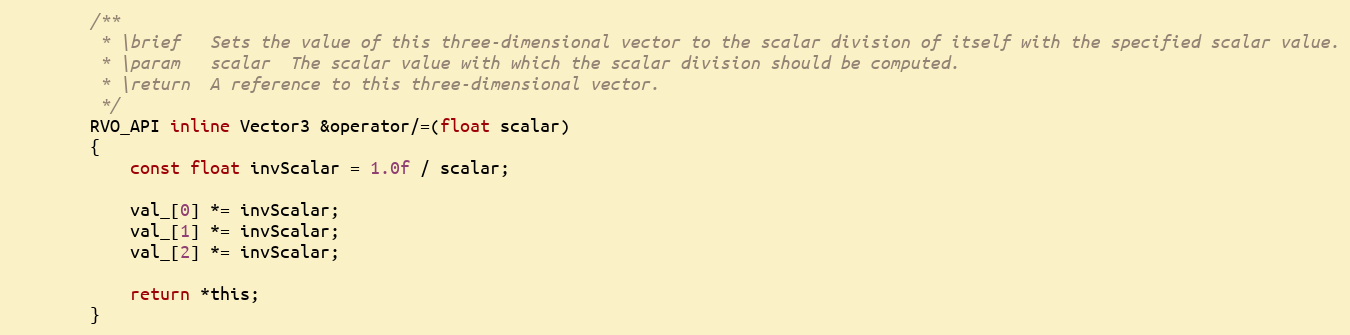
Language: C
		/**
		 * \brief   Sets the value of this three-dimensional vector to the scalar division of itself with the specified scalar value.
		 * \param   scalar  The scalar value with which the scalar division should be computed.
		 * \return  A reference to this three-dimensional vector.
		 */
		RVO_API inline Vector3 &operator/=(float scalar)
		{
			const float invScalar = 1.0f / scalar;

			val_[0] *= invScalar;
			val_[1] *= invScalar;
			val_[2] *= invScalar;

			return *this;
		}